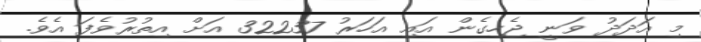
މި އަދަދު ވަނީ ޖެހިގެން އައި އަހަރު 32237 އަށް އިތުރުވެފަ އެވެ.